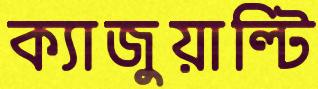
ক্যাজুয়াল্টি